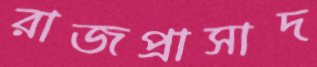
রাজপ্রাসাদ